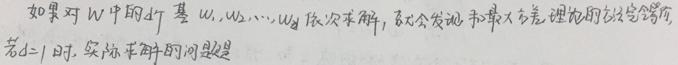
如果对 $W$ 中的 $d$ 个基 $w_1, w_2, \cdots, w_d$ 依次求解，就会发现和最大分流理论的结论完全吻合。若 $d = 1$ 时，实际求解的问题是